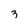
Character: 3